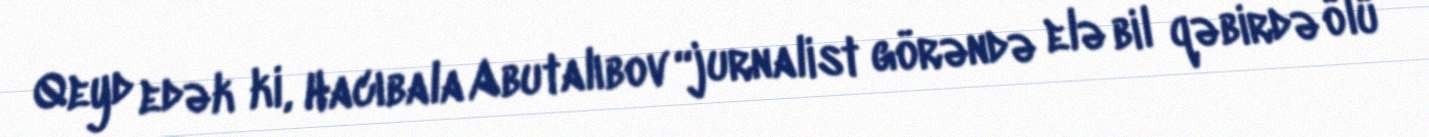
Qeyd edək ki, Hacıbala Abutalıbov “jurnalist görəndə elə bil qəbirdə ölü